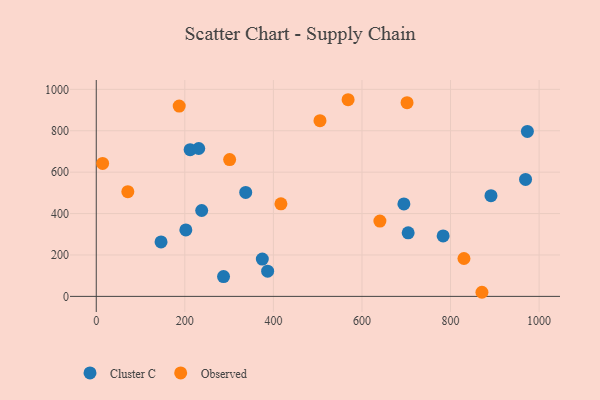
{"axis": {"x": "Study Hours", "y": "Fuel Efficiency"}, "legend": ["Cluster C", "Observed"], "data": [{"x": "704.3", "y": 306.9, "type": "Cluster C"}, {"x": "146.3", "y": 263.2, "type": "Cluster C"}, {"x": "212.0", "y": 708.8, "type": "Cluster C"}, {"x": "387.0", "y": 122.0, "type": "Cluster C"}, {"x": "238.1", "y": 415.0, "type": "Cluster C"}, {"x": "337.5", "y": 502.4, "type": "Cluster C"}, {"x": "287.4", "y": 95.5, "type": "Cluster C"}, {"x": "375.0", "y": 180.5, "type": "Cluster C"}, {"x": "969.4", "y": 565.2, "type": "Cluster C"}, {"x": "231.4", "y": 714.4, "type": "Cluster C"}, {"x": "783.3", "y": 292.0, "type": "Cluster C"}, {"x": "202.3", "y": 321.3, "type": "Cluster C"}, {"x": "891.3", "y": 486.6, "type": "Cluster C"}, {"x": "694.7", "y": 446.7, "type": "Cluster C"}, {"x": "973.5", "y": 797.1, "type": "Cluster C"}, {"x": "14.4", "y": 642.3, "type": "Observed"}, {"x": "417.0", "y": 447.0, "type": "Observed"}, {"x": "187.3", "y": 919.2, "type": "Observed"}, {"x": "71.3", "y": 506.0, "type": "Observed"}, {"x": "830.3", "y": 183.1, "type": "Observed"}, {"x": "568.7", "y": 950.0, "type": "Observed"}, {"x": "301.2", "y": 660.8, "type": "Observed"}, {"x": "640.5", "y": 363.8, "type": "Observed"}, {"x": "870.9", "y": 19.9, "type": "Observed"}, {"x": "505.2", "y": 849.0, "type": "Observed"}, {"x": "701.8", "y": 935.7, "type": "Observed"}]}